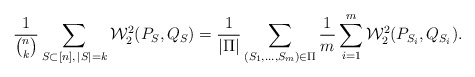
\begin{align*}\frac{1}{\binom{n}{k}}\sum_{S \subset [n], \, |S|=k} \mathcal{W}_2^2(P_{S},Q_{S}) = \frac{1}{|\Pi|}\sum_{(S_1,\ldots,S_m) \in \Pi}\frac{1}{m}\sum_{i=1}^m \mathcal{W}_2^2(P_{S_i},Q_{S_i}).\end{align*}